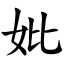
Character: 妣